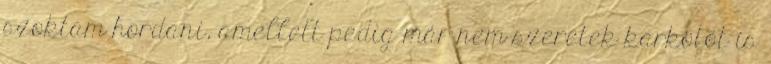
szoktam hordani, amellett pedig már nem szeretek karkötőt is